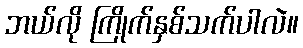
ဘယ်လို ကြိုက်နှစ်သက်ပါလဲ။